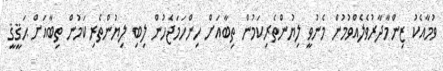
ވުމާއެކު ޒިންމާދާރުވެލެއްވުމުން މެނުވީ ލިޔުންތެރިކަމުން ތިބާއަށް ހިންހަމަޖެހުން ލިބި ލިޔުންތެރިކަމުން ތިބާއަށް ޙަޤީޤީ